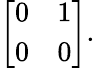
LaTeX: {\left[\begin{array}{ll}{0}&{1}\\ {0}&{0}\end{array}\right]}.